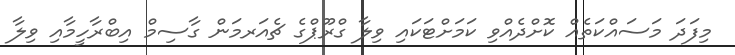
މިފަދަ މަސައްކަތެއް ކޮށްދެއްވި ކަމަށްޓަކައި ވިލާ ގްރޫޕްގެ ޗެއަރމަން ގާސިމް އިބްރާހީމާއި ވިލާ